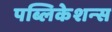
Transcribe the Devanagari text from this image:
पब्लिकेशन्‍स